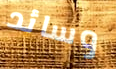
وسائد